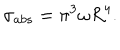
\sigma _ { a b s } = \pi ^ { 3 } \omega R ^ { 4 } .